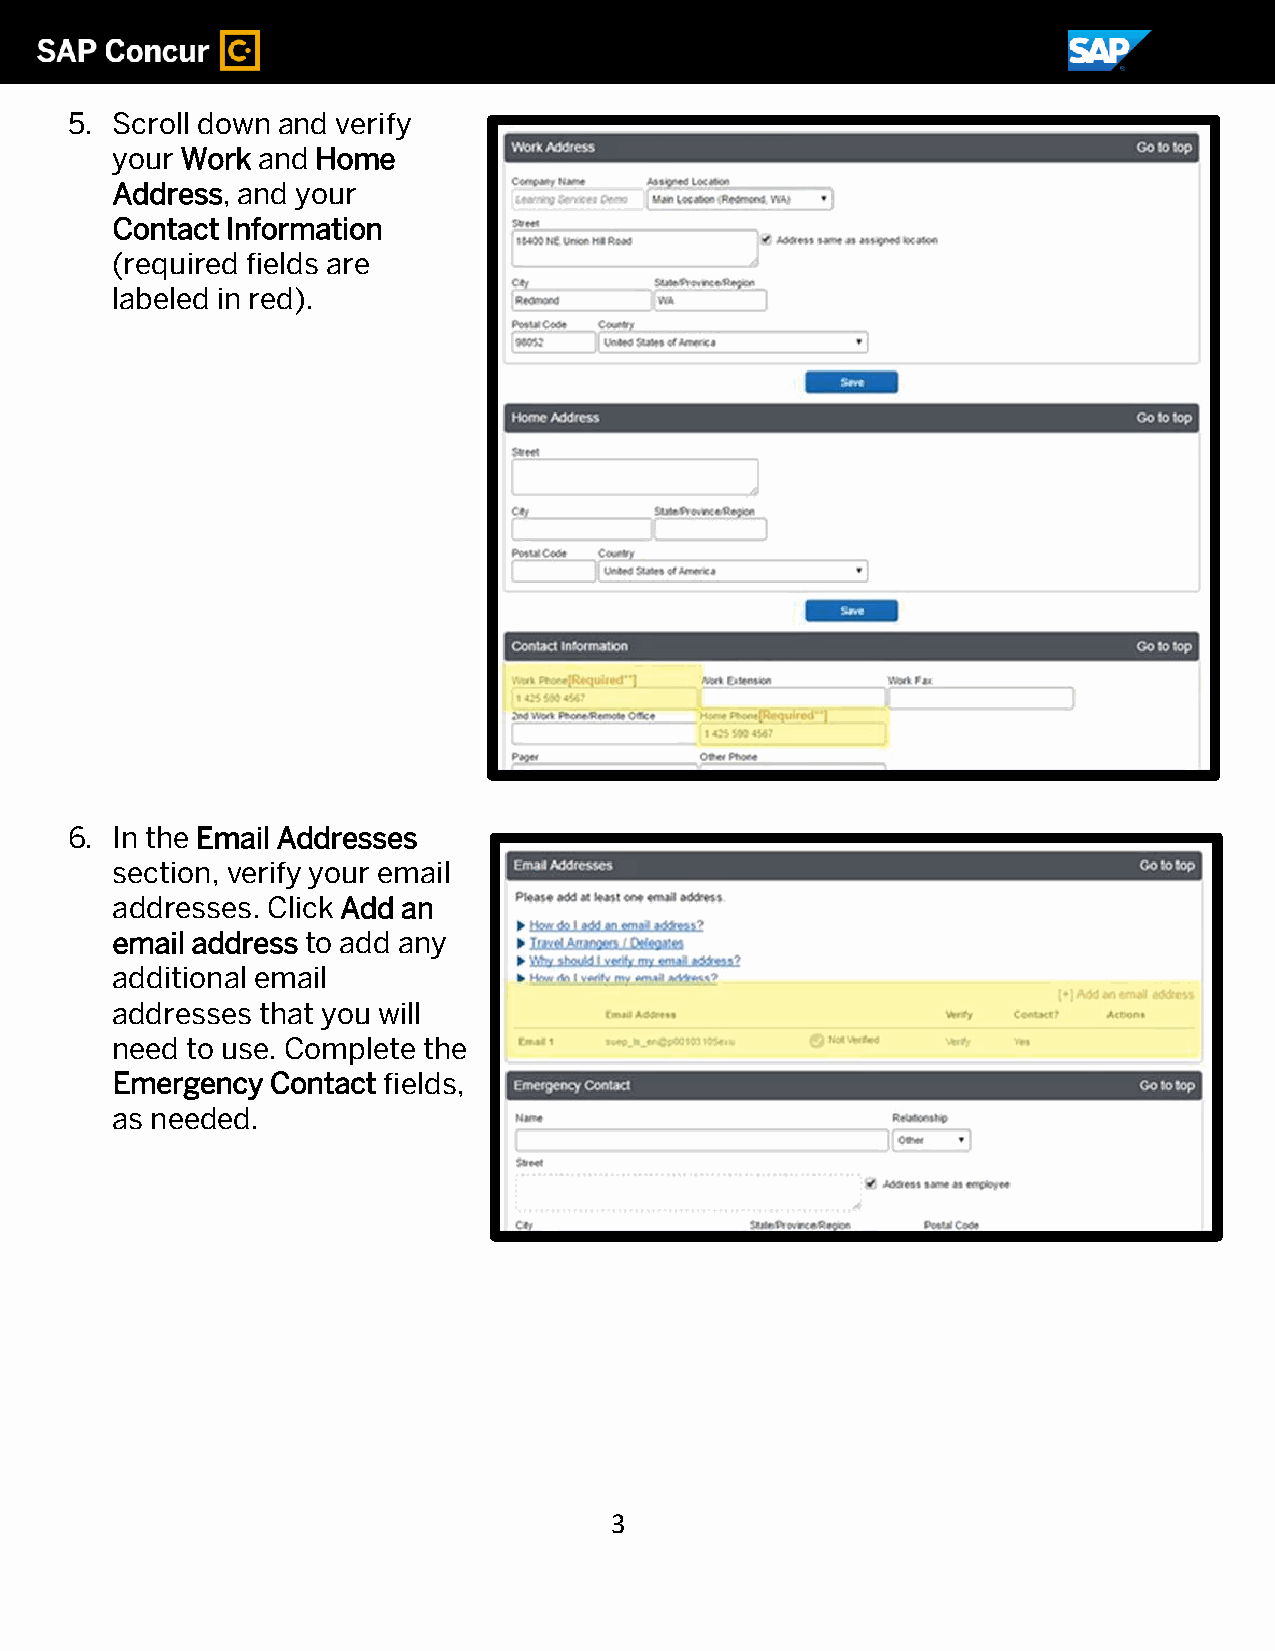
5. Scroll down and verify
 your Work and Home
 Address, and your
 Contact Information
 (required fields are
 labeled in red).
 6. In the Email Addresses
 section, verify your email
 addresses. Click Add an
 email address to add any
 additional email
 addresses that you will
 need to use. Complete the
 Emergency  Contact fields,
 as needed.
 3